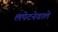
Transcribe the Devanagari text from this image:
लपेटनेवाले